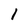
Character: 1